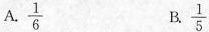
A. \frac{1}{6} B. \frac{1}{5}